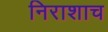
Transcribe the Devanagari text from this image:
निराशाच